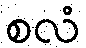
စလံ